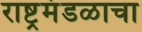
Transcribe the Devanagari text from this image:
राष्ट्रमंडळाचा